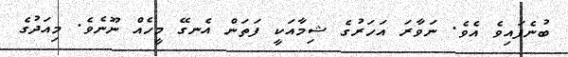
ބުނެފައިވެ އެވެ. ނަވާރަ އަހަރުގެ ޝިމާއަކީ ފަތަން އެނގޭ މީހެއް ނޫނެވެ. މިއަދުގެ